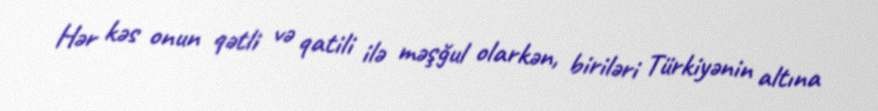
Hər kəs onun qətli və qatili ilə məşğul olarkən, biriləri Türkiyənin altına